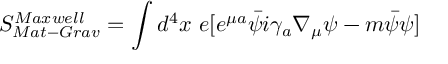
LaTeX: S _ { M a t - G r a v } ^ { M a x w e l l } = \int d ^ { 4 } x \ e [ e ^ { \mu a } \bar { \psi } i \gamma _ { a } \nabla _ { \mu } \psi - m \bar { \psi } \psi ]